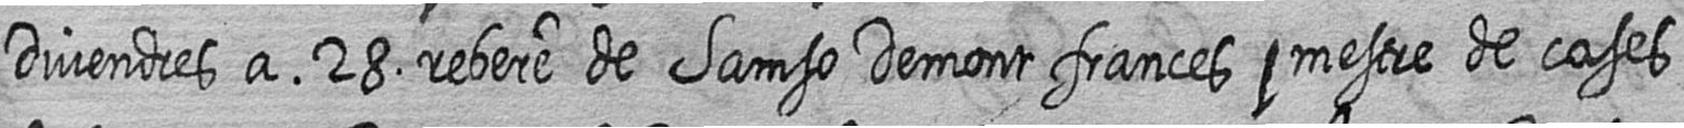
Divendres a 28 rebere de Samso Demont frances # mestre de cases